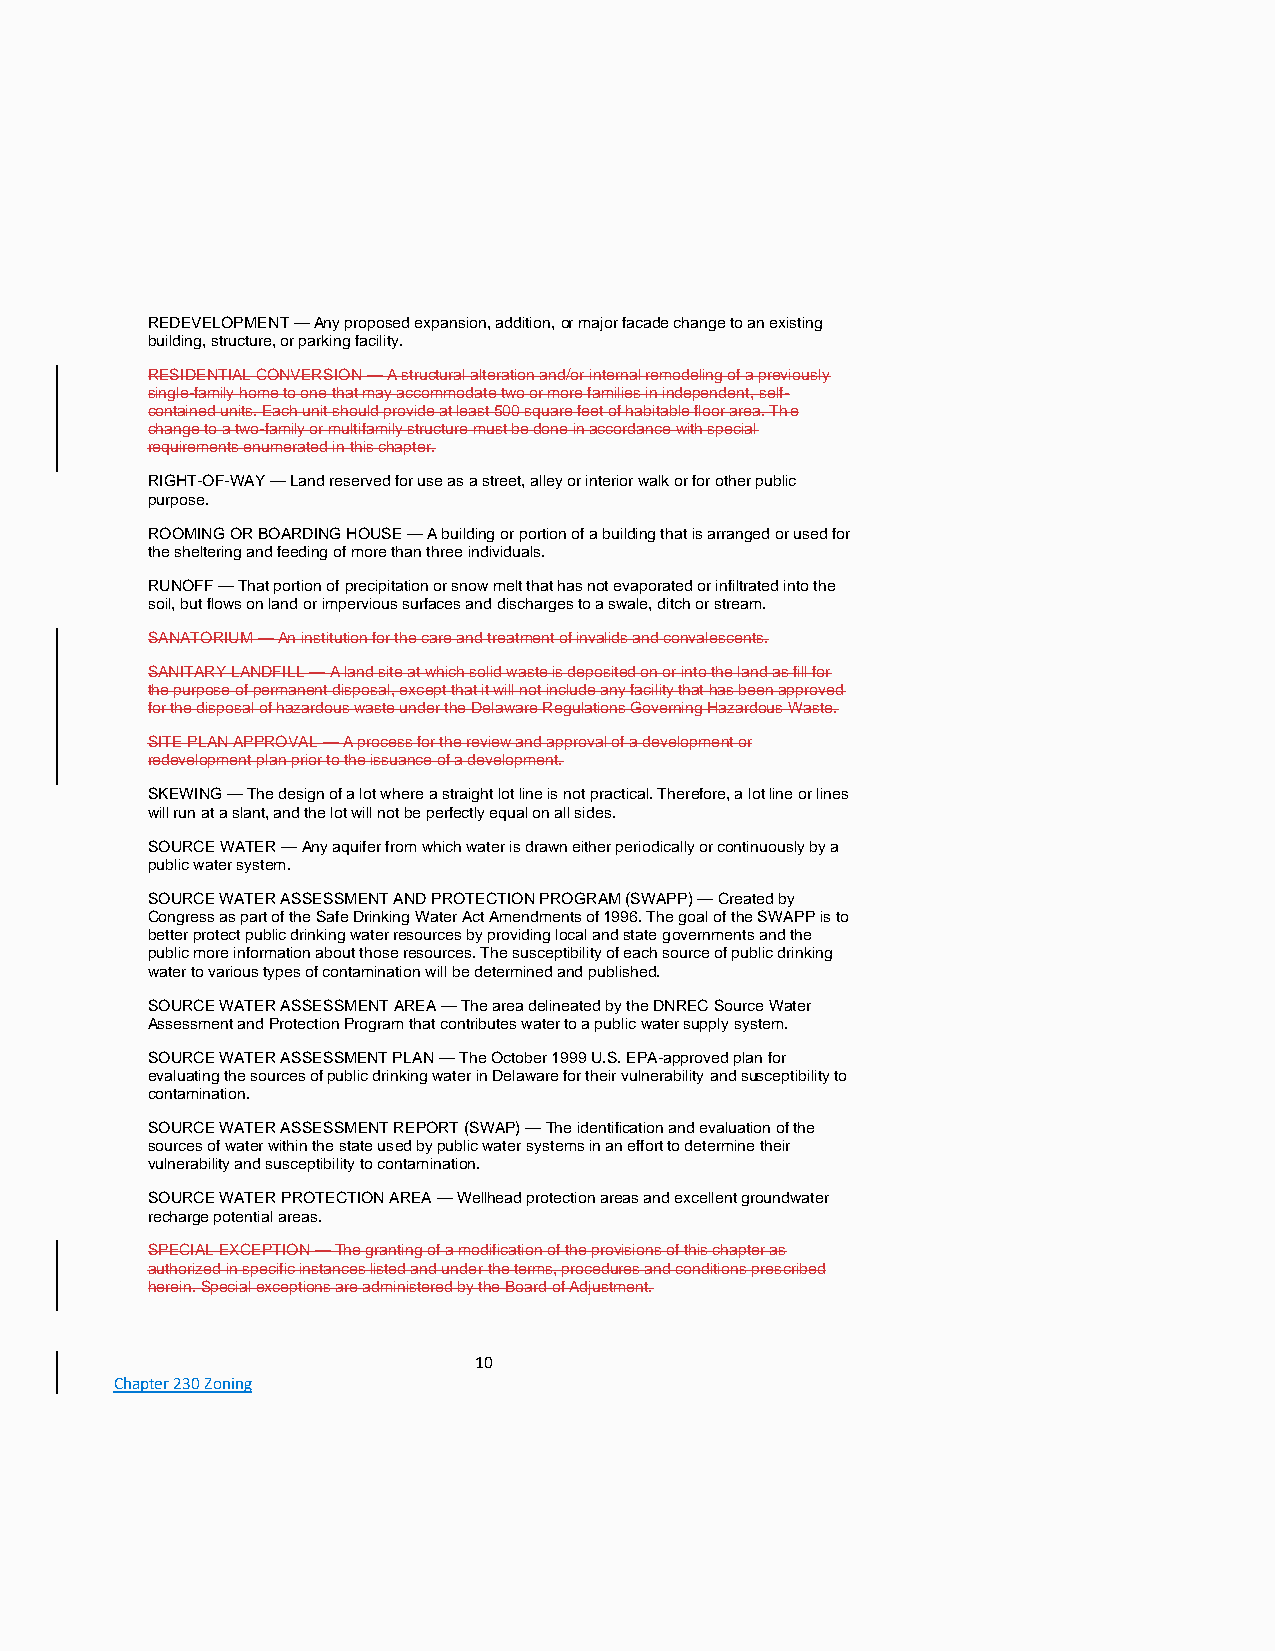
REDEVELOPMENT — Any proposed expansion, addition, or major facade change to an existing
 building, structure, or parking facility.
 RESIDENTIAL CONVERSION — A structural alteration and/or internal remodeling of a previously
 single-family home to one that may accommodate two or more families in independent, self-
 contained units. Each unit should provide at least 500 square feet of habitable floor area. The
 change to a two-family or multifamily structure must be done in accordance with special
 requirements enumerated in this chapter.
 RIGHT-OF-WAY — Land reserved for use as a street, alley or interior walk or for other public
 purpose.
 ROOMING OR BOARDING HOUSE — A building or portion of a building that is arranged or used for
 the sheltering and feeding of more than three individuals.
 RUNOFF — That portion of precipitation or snow melt that has not evaporated or infiltrated into the
 soil, but flows on land or impervious surfaces and discharges to a swale, ditch or stream.
 SANATORIUM — An institution for the care and treatment of invalids and convalescents.
 SANITARY LANDFILL — A land site at which solid waste is deposited on or into the land as fill for
 the purpose of permanent disposal, except that it will not include any facility that has been approved
 for the disposal of hazardous waste under the Delaware Regulations Governing Hazardous Waste.
 SITE PLAN APPROVAL — A process for the review and approval of a development or
 redevelopment plan prior to the issuance of a development.
 SKEWING — The design of a lot where a straight lot line is not practical. Therefore, a lot line or lines
 will run at a slant, and the lot will not be perfectly equal on all sides.
 SOURCE WATER — Any aquifer from which water is drawn either periodically or continuously by a
 public water system.
 SOURCE WATER ASSESSMENT AND PROTECTION PROGRAM (SWAPP) — Created by
 Congress as part of the Safe Drinking Water Act Amendments of 1996. The goal of the SWAPP is to
 better protect public drinking water resources by providing local and state governments and the
 public more information about those resources. The susceptibility of each source of public drinking
 water to various types of contamination will be determined and published.
 SOURCE WATER ASSESSMENT AREA — The area delineated by the DNREC Source Water
 Assessment and Protection Program that contributes water to a public water supply system.
 SOURCE WATER ASSESSMENT PLAN — The October 1999 U.S. EPA-approved plan for
 evaluating the sources of public drinking water in Delaware for their vulnerability and susceptibility to
 contamination.
 SOURCE WATER ASSESSMENT REPORT (SWAP) — The identification and evaluation of the
 sources of water within the state used by public water systems in an effort to determine their
 vulnerability and susceptibility to contamination.
 SOURCE WATER PROTECTION AREA — Wellhead protection areas and excellent groundwater
 recharge potential areas.
 SPECIAL EXCEPTION — The granting of a modification of the provisions of this chapter as
 authorized in specific instances listed and under the terms, procedures and conditions prescribed
 herein. Special exceptions are administered by the Board of Adjustment.
 10
 Chapter 230 Zoning